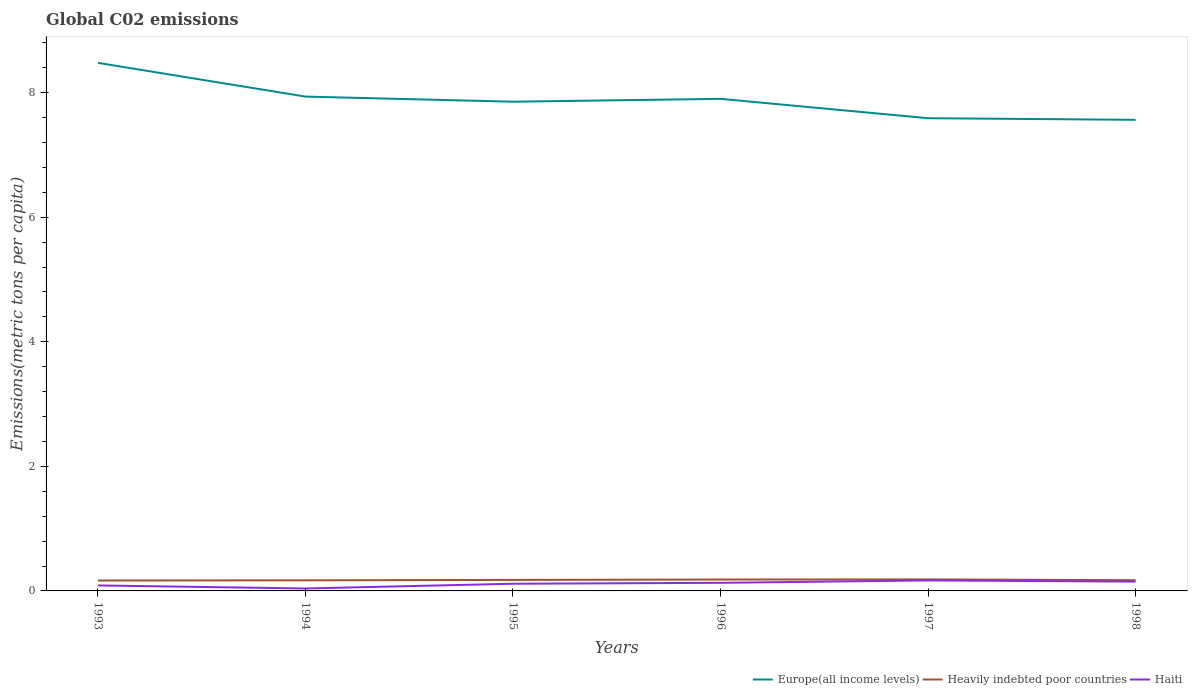
| Years | Europe(all income levels) | Heavily indebted poor countries | Haiti |
 | --- | --- | --- | --- |
 | 1993 | 8.48 | 0.167 | 0.0881 |
 | 1994 | 7.94 | 0.17 | 0.0392 |
 | 1995 | 7.85 | 0.177 | 0.115 |
 | 1996 | 7.9 | 0.183 | 0.13 |
 | 1997 | 7.59 | 0.185 | 0.169 |
 | 1998 | 7.56 | 0.172 | 0.149 |